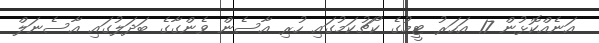
އަނެއްކޮޅުން 17 އަހަރު ޓީމުގެ ކޯޗުކަމުގައި ހުރި އާސެން ވެންގާގެ ބަދަލުގައި އާސެނަލް